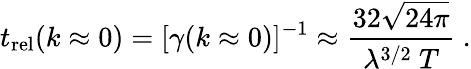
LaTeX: t_{\mathrm{rel}}(k\approx 0)=[\gamma({k\approx 0})]^{-1}\approx\frac{32\sqrt{24\pi}}{\lambda^{3/2}~T}~.